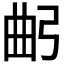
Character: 𢏢